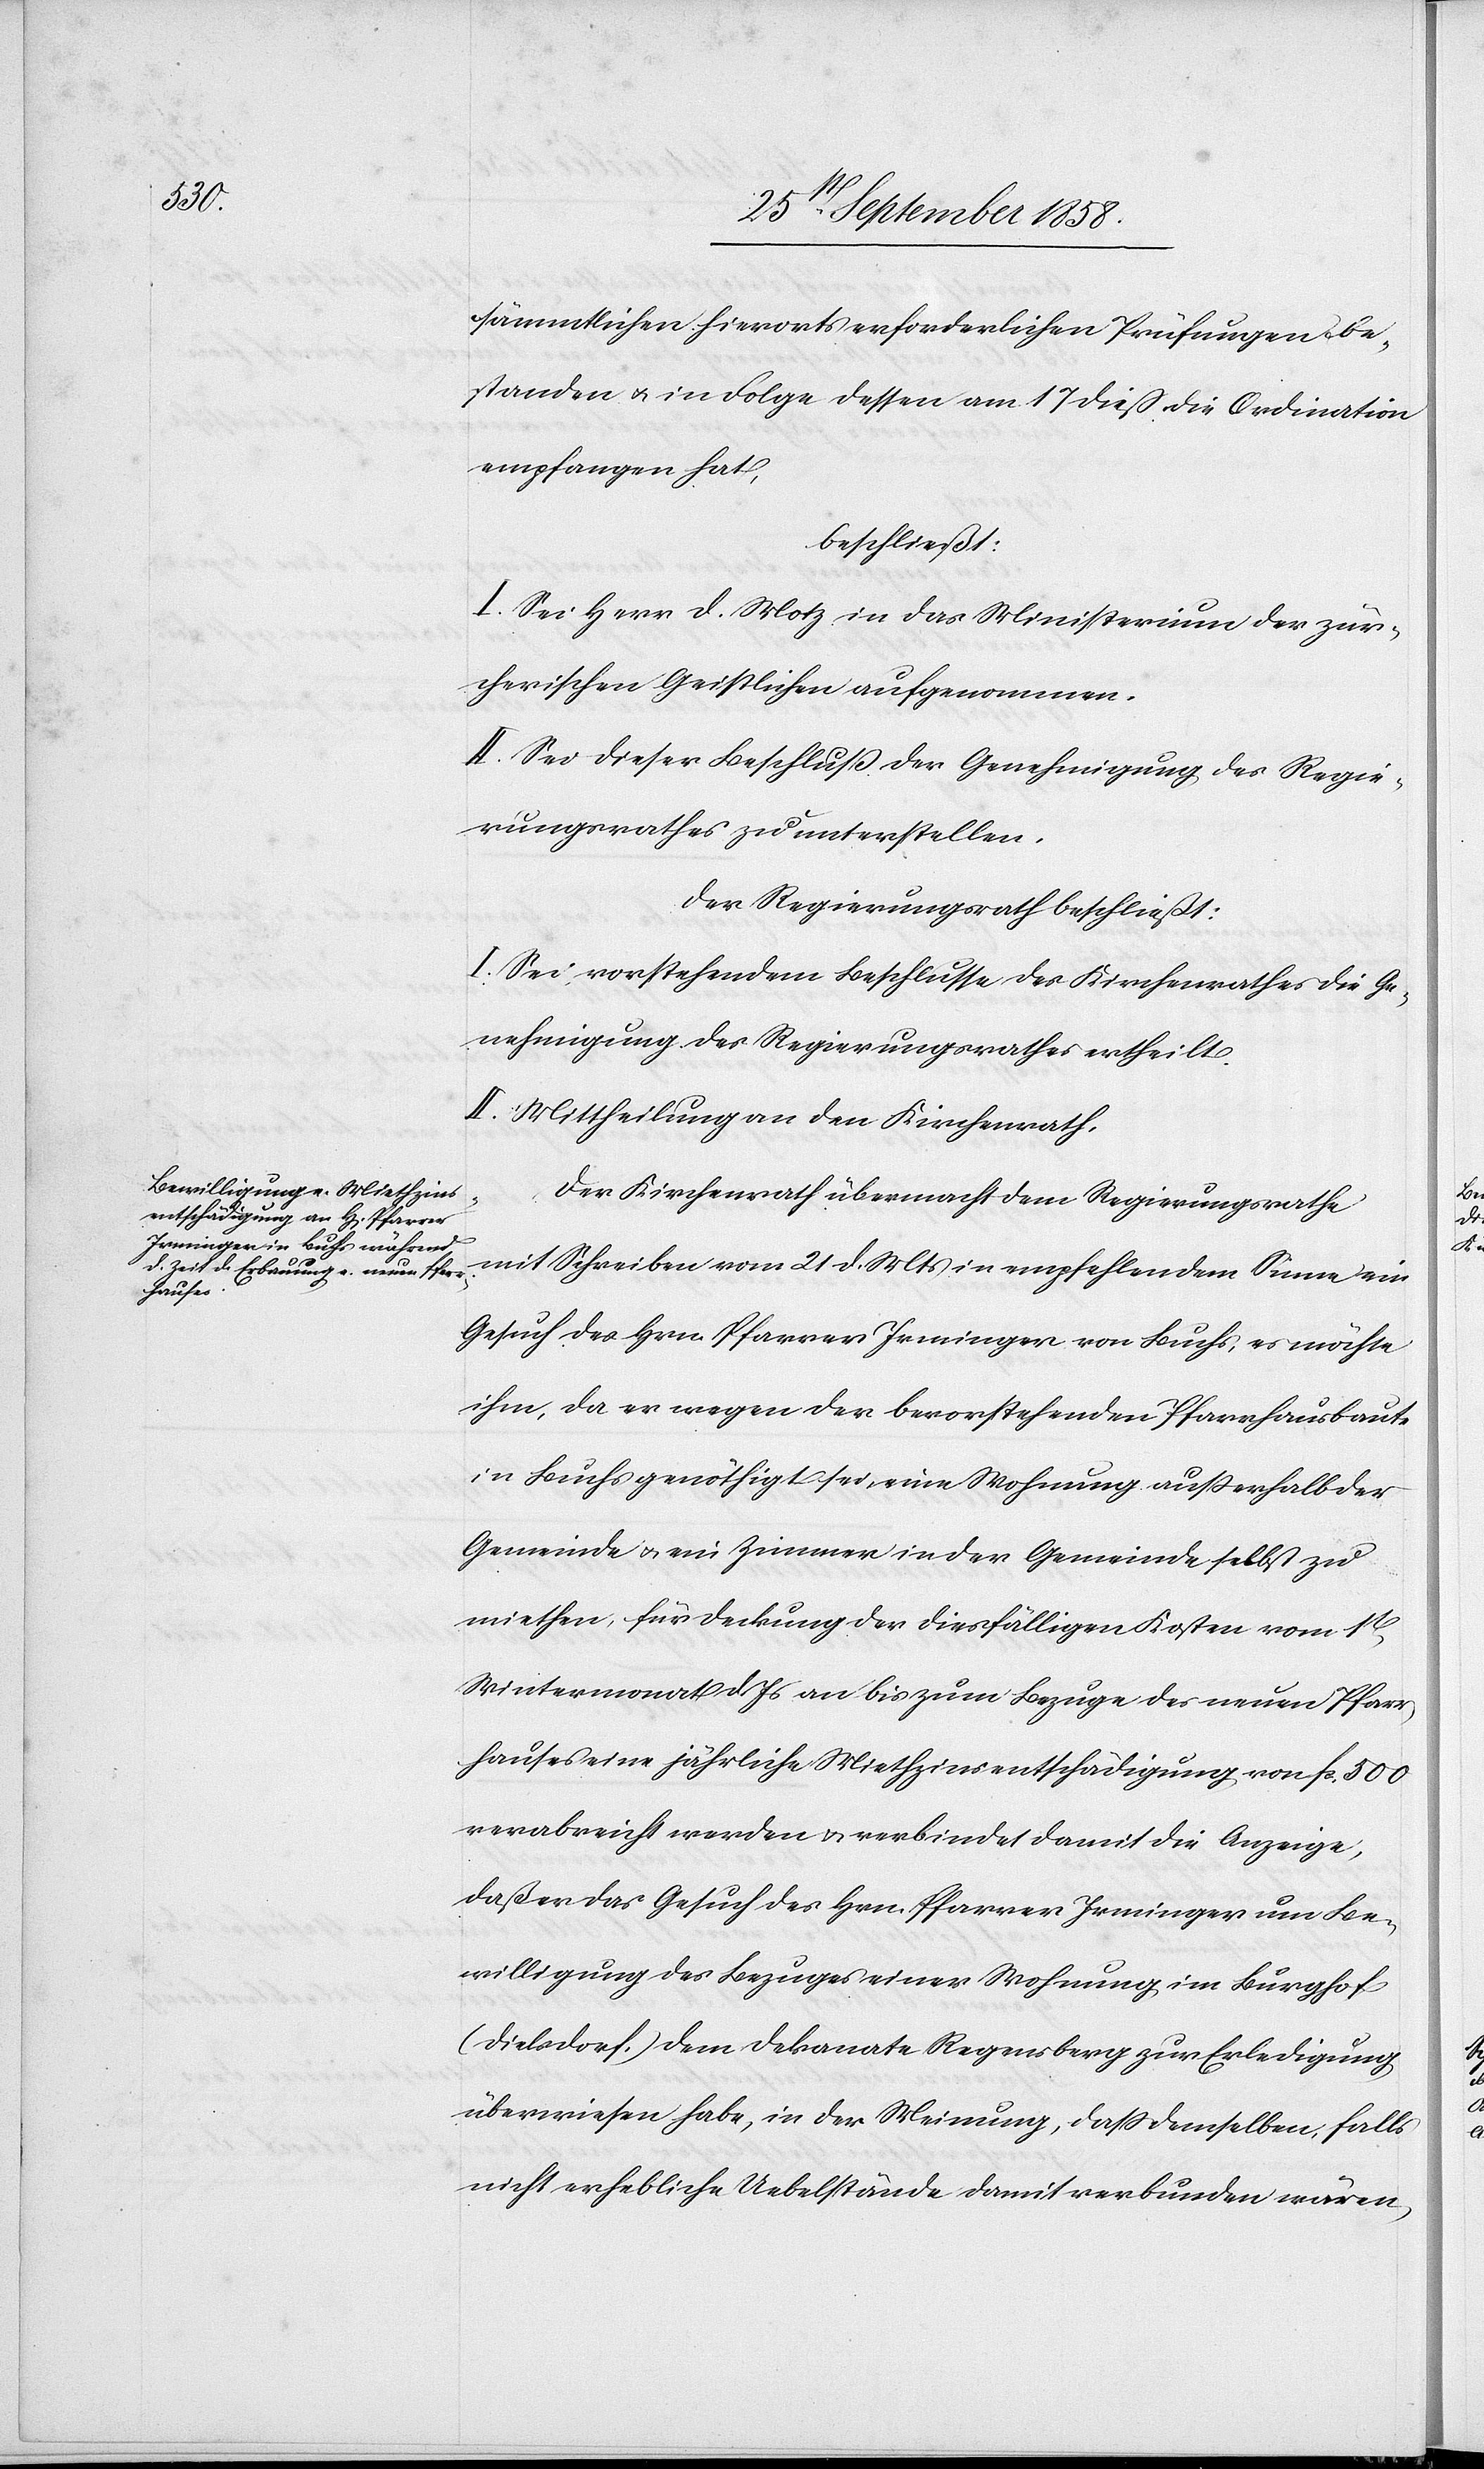
sämmtlichen hierorts erforderlichen Prüfungen be¬
standen & in Folge dessen am 17 diess die Ordination
empfangen hat,
beschließt:
I. Sei Herr D. Motz in das Ministerium der zür¬
cherischen Geistlichen aufgenommen.
II. Sei dieser Beschluß der Genehmigung des Regie¬
rungsrathes zu unterstellen.
Der Regierungsrath beschließt:
I. Sei vorstehendem Beschlusse des Kirchenrathes die Ge¬
nehmigung des Regierungsrathes ertheilt.
II. Mittheilung an den Kirchenrath.
Der Kirchenrath übermacht dem Regierungsrathe
mit Schreiben vom 21 d. Mts in empfehlendem Sinne ein
Gesuch des Hrn. Pfarrer Irminger von Buchs, es möchte
ihm, da er wegen der bevorstehenden Pfarrhausbaute
in Buchs genöthigt sei, eine Wohnung außerhalb der
Gemeinde & ein Zimmer in der Gemeinde selbst zu
miethen, für Deckung der diesfälligen Kosten vom 1t
Wintermonat d. Js an bis zum Bezuge des neuen Pfarr¬
hauses eine jährliche Miethzinsentschädigung von fcs. 500
verabreicht werden & verbindet damit die Anzeige,
daß er das Gesuch des Hrn. Pfarrer Irminger um Be¬
willigung des Bezuges einer Wohnung im Burghof
(Dielsdorf.) dem Dekanate Regensberg zur Erledigung
überwiesen habe, in der Meinung, dass demselben, falls
nicht erhebliche Uebelstände damit verbunden wären,